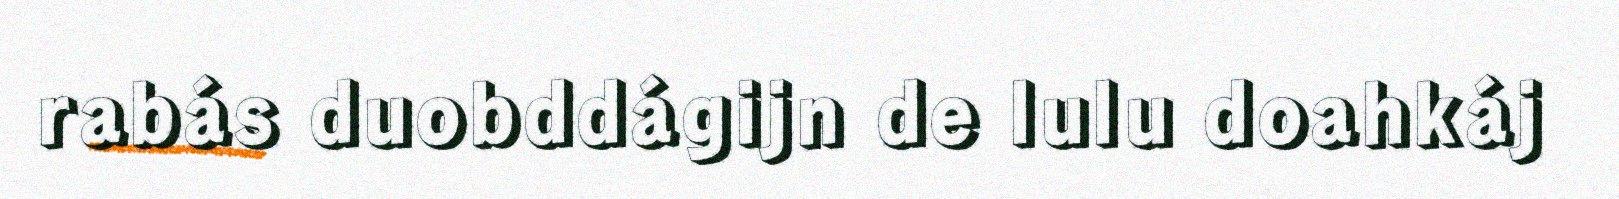
rabás duobddágijn de lulu doahkáj